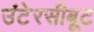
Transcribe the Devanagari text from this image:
उंटेरसीबूट